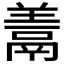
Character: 𩰱